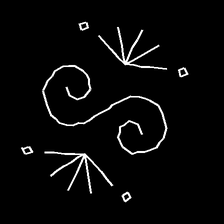
Glyph: aeroform